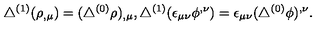
\triangle ^ { ( 1 ) } ( \rho _ { , \mu } ) = ( \triangle ^ { ( 0 ) } \rho ) _ { , \mu } , \triangle ^ { ( 1 ) } ( \epsilon _ { \mu \nu } \phi ^ { , \nu } ) = \epsilon _ { \mu \nu } ( \triangle ^ { ( 0 ) } \phi ) ^ { , \nu } .